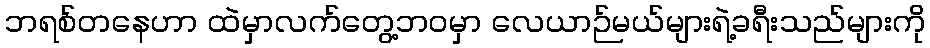
ဘရစ်တနေဟာ ထဲမှာလက်တွေ့ဘဝမှာ လေယာဉ်မယ်များရဲ့ခရီးသည်များကို